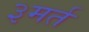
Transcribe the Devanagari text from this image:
३मर्त